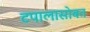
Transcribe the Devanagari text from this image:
टपालासोबत